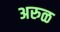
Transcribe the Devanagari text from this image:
अरुळ